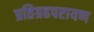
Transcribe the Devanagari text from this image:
प्रतिग्रहपरायण